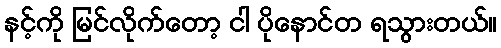
နင့်ကို မြင်လိုက်တော့ ငါ ပိုနောင်တ ရသွားတယ်။